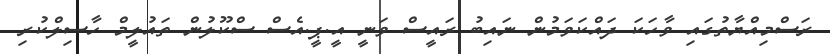
ރަސްމިއްޔާތުގައި ވާހަކަ ދައްކަވަމުން ނައިބު ރައީސް ވަނީ އީ.ޕީ.އެސް ސްކޫލުން ތައުލީމް ހާސިލްކުރި